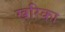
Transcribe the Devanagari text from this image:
खरिका